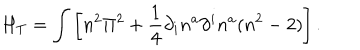
H _ { T } = \int \left[ n ^ { 2 } \Pi ^ { 2 } + \frac { 1 } { 4 } \partial _ { i } n ^ { a } \partial ^ { i } n ^ { a } ( n ^ { 2 } - 2 ) \right] .